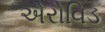
એરોવિડ